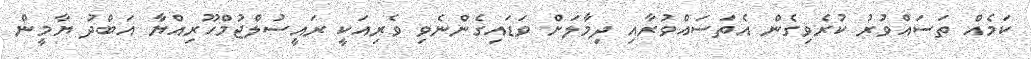
ކަމެއް ތަސައްވުރު ކުރެވިގެން އެތަސައްވުރާއި ދިމާލަށް ވަޑައިގެންނެވި ވެރިއަކީ ރައީސުލްޖުމްހޫރިއްޔާ އަބްދު ޔާމީން